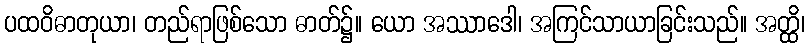
ပထဝိဓာတုယာ၊ တည်ရာဖြစ်သော ဓာတ်၌။ ယော အဿာဒေါ၊ အကြင်သာယာခြင်းသည်။ အတ္ထိ၊